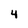
Character: 4